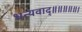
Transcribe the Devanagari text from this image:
धन्यवाद्॥॥॥॥॥।